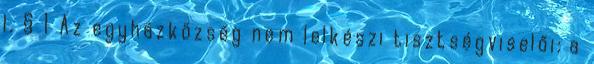
l. § 1 Az egyházközség nem lelkészi tisztségviselői: a